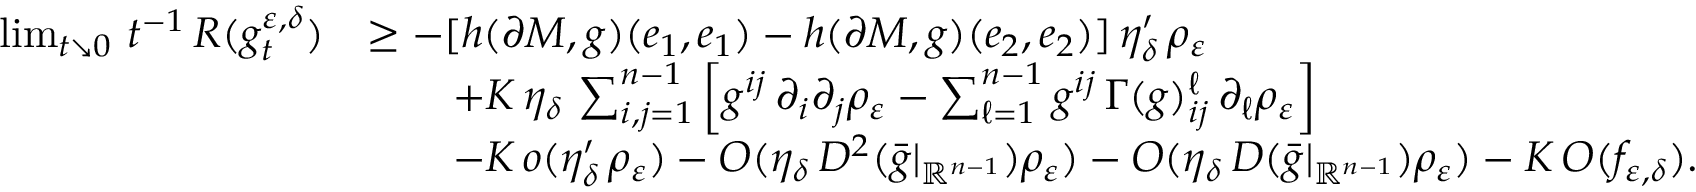
\begin{array} { r l } { \operatorname* { l i m } _ { t \searrow 0 } \, t ^ { - 1 } \, R ( g _ { t } ^ { \varepsilon , \delta } ) } & { \geq - [ h ( \partial M , g ) ( e _ { 1 } , e _ { 1 } ) - h ( \partial M , g ) ( e _ { 2 } , e _ { 2 } ) ] \, \eta _ { \delta } ^ { \prime } \, \rho _ { \varepsilon } } \\ & { \qquad + K \, \eta _ { \delta } \, \sum _ { i , j = 1 } ^ { n - 1 } \left[ g ^ { i j } \, \partial _ { i } \partial _ { j } \rho _ { \varepsilon } - \sum _ { \ell = 1 } ^ { n - 1 } g ^ { i j } \, \Gamma ( g ) _ { i j } ^ { \ell } \, \partial _ { \ell } \rho _ { \varepsilon } \right] } \\ & { \qquad - K \, o ( \eta _ { \delta } ^ { \prime } \, \rho _ { \varepsilon } ) - O ( \eta _ { \delta } \, D ^ { 2 } ( \bar { g } | _ { \mathbb { R } ^ { n - 1 } } ) \rho _ { \varepsilon } ) - O ( \eta _ { \delta } \, D ( \bar { g } | _ { \mathbb { R } ^ { n - 1 } } ) \rho _ { \varepsilon } ) - K \, O ( f _ { \varepsilon , \delta } ) . } \end{array}